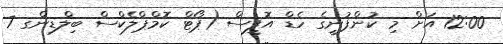
12:00 އަށް މި ކުންފުނީގެ ހެޑް އޮފީސް (ޕޯޓް ކޮމްޕްލެކްސް ބިލްޑިންގ 7